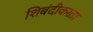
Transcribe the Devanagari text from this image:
शिबंदीकरता